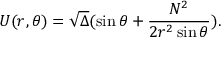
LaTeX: U ( r , \theta ) = \sqrt { \Delta } ( \sin \theta + \frac { N ^ { 2 } } { 2 r ^ { 2 } \sin \theta } ) .